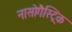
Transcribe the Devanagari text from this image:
नासोगैस्ट्रिक